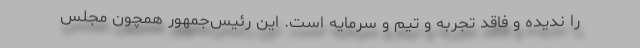
را ندیده و فاقد تجربه و تیم و سرمایه است. این رئیس‌جمهور همچون مجلس